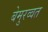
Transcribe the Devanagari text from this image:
बेमुरव्वत